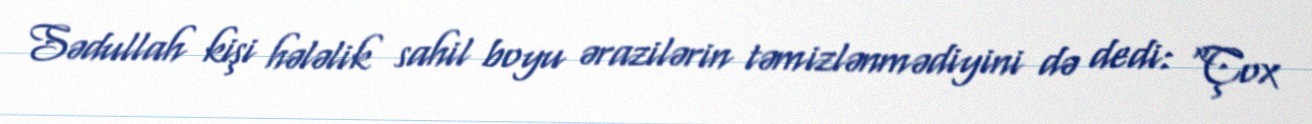
Sədullah kişi hələlik sahil boyu ərazilərin təmizlənmədiyini də dedi: “Çox